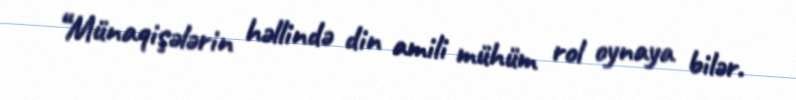
“Münaqişələrin həllində din amili mühüm rol oynaya bilər.